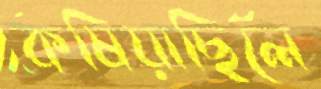
কষিয়াছিলে